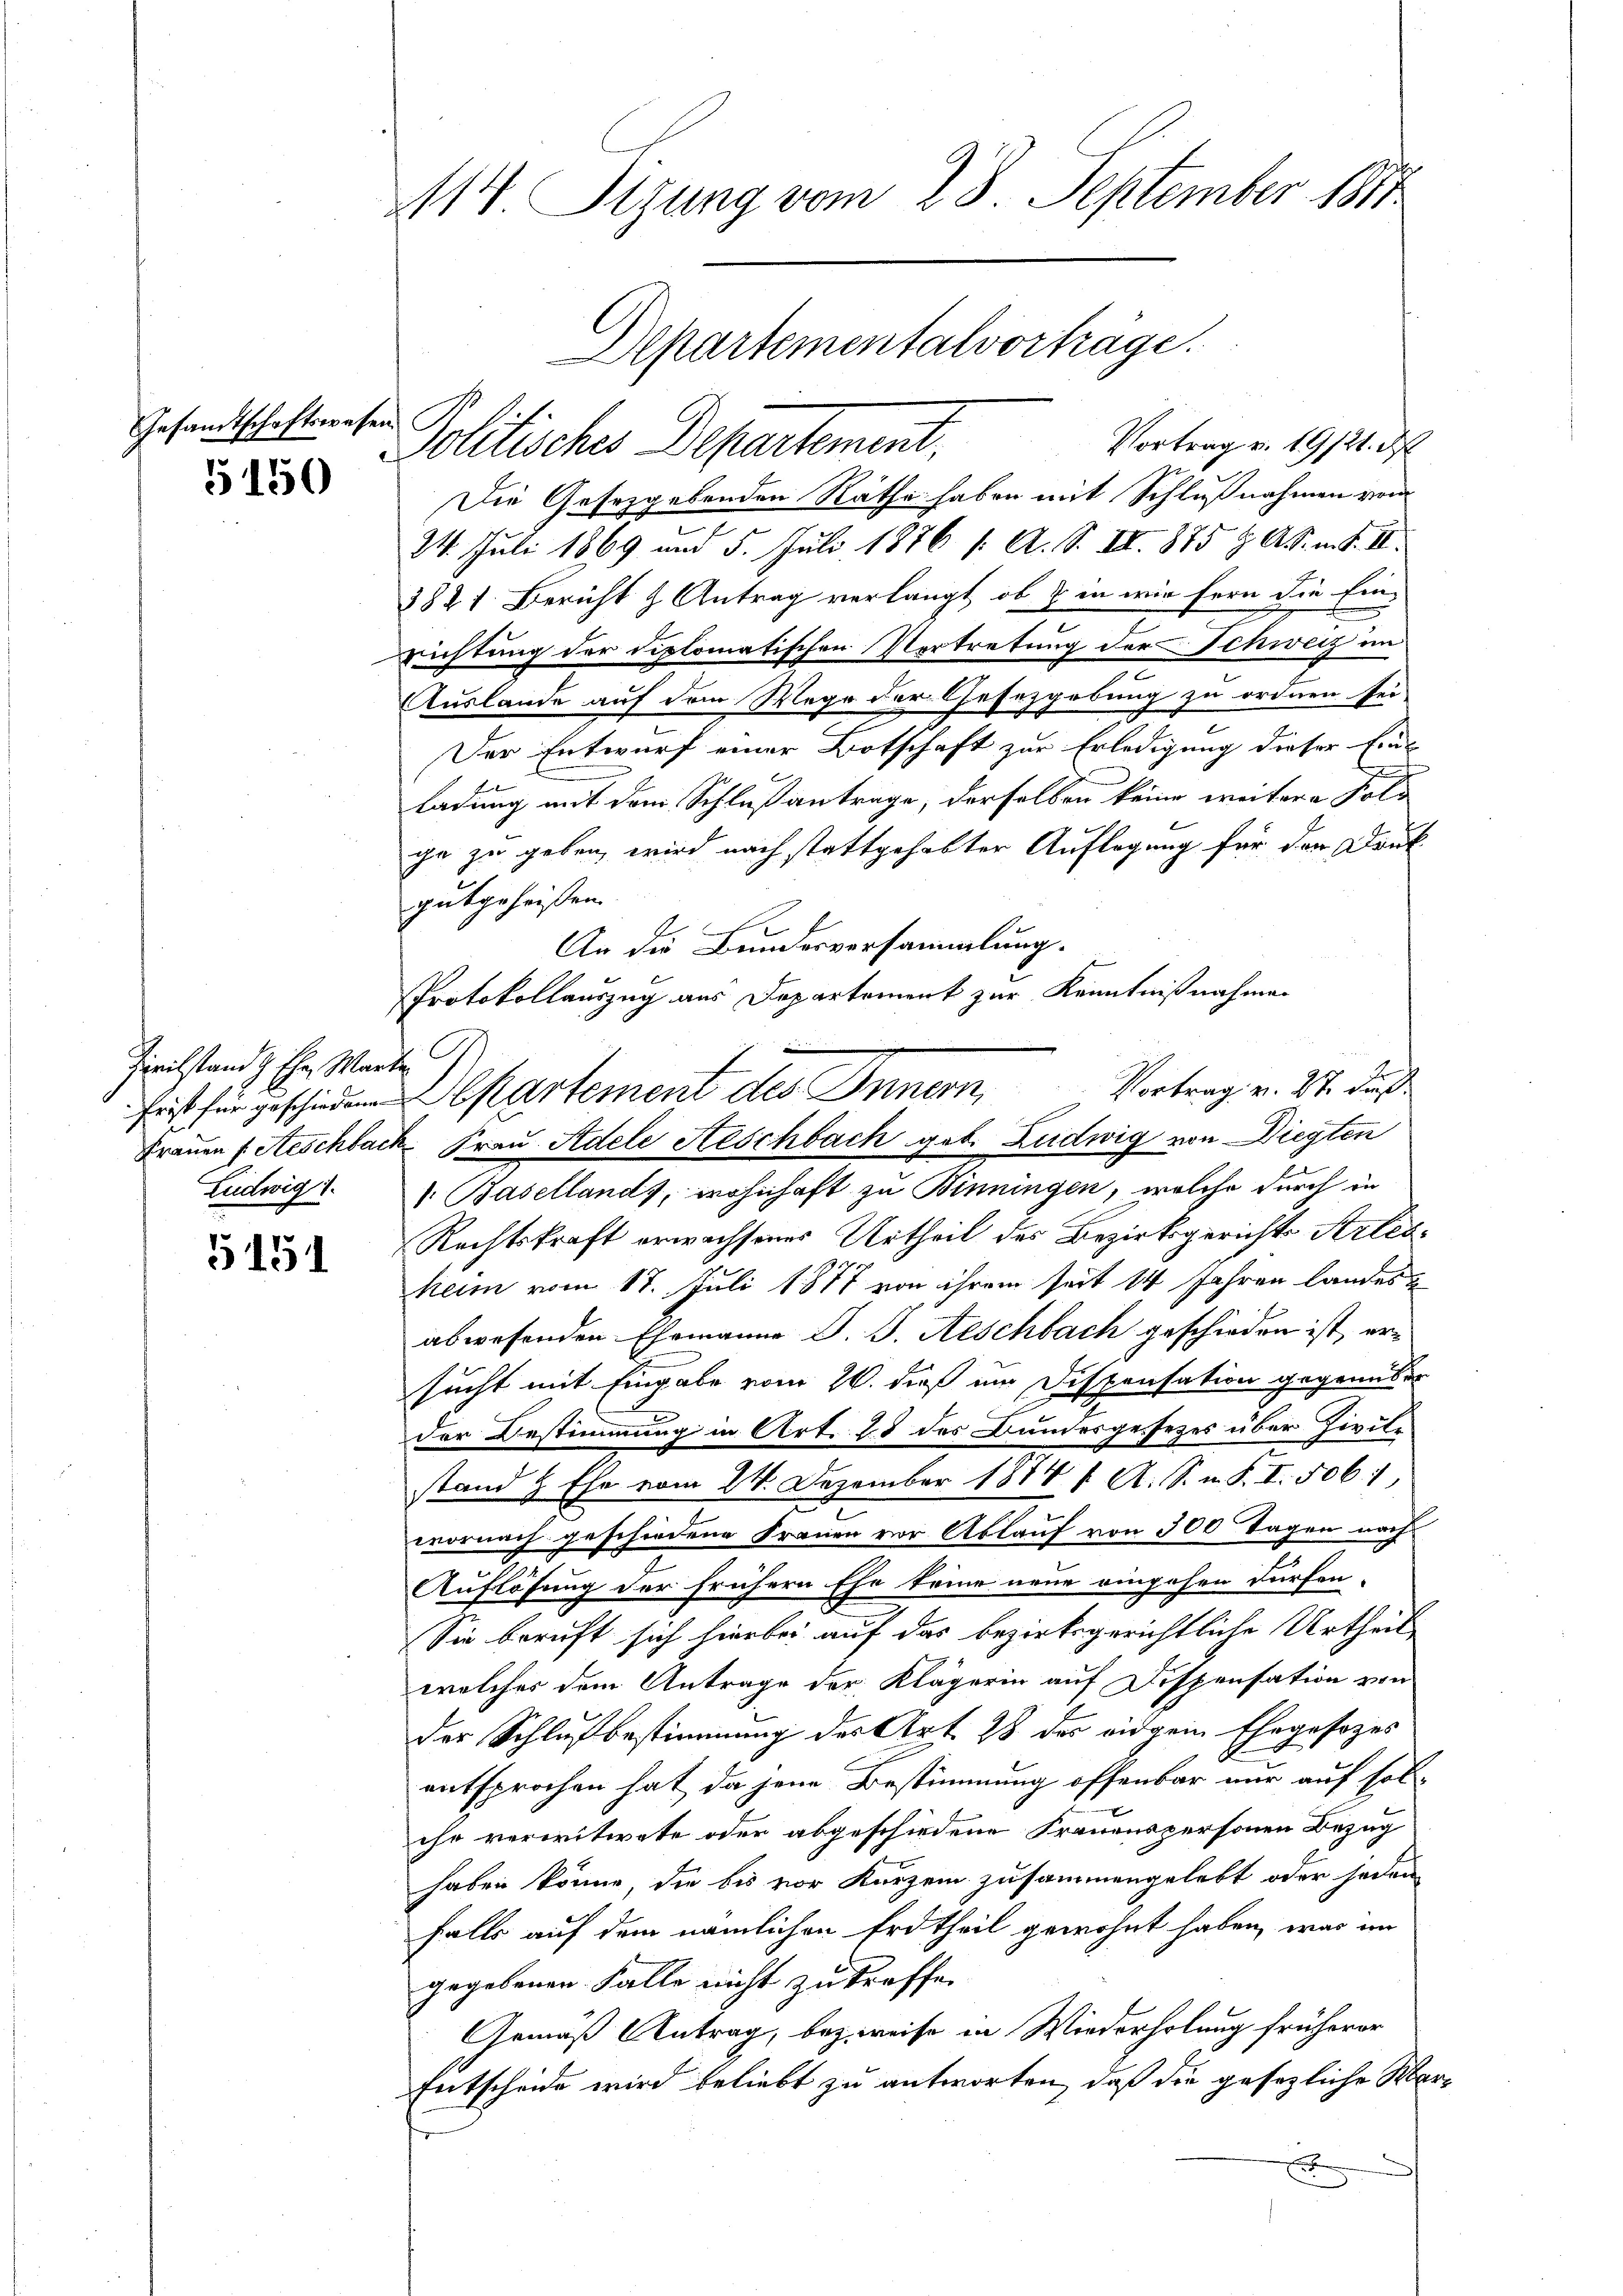
Gesandtschaftswesen.

5150

Zivilstand & Ehe. Warte G
Ludwig 1.

5151

114. Stzung vom 28. September 1811

Departementalvorträge.
Politische Departement,

Vortrag v. 19121. d
Die Gesetzgebenden Rathe haben mit Schlußnahmen vom
24. Juli 1869 und 5. Juli 1876 1. A. S. III. 875 & Ak. m. S. II.
3821. Bericht & Antrag verlangt, ob & in wir fern die Einrichtung der diplomatischen Vertretung der Schweiz im
Auslande auf dem Wege der Gesetzgebung zu ordnen sei
Der Entwurf einer Botschaft zur Erledigung dieser Eins
ladung mit dem Schlußantrage, derselben keine weitere Fol
che zu geben, wird nach stattgehabter Auflegung für der Druk
gutgeheissen.
An die Bundesversammlung.
Protokollauszug aus Departement zur Kenntnißnahmen
 hartement des Innern,
Frauen f. Aeschlack Frau Adele Aeschbach geb. Ludwig von Diegten
v. Basellands, wohnhaft zu Binningen, welche durch in
Rechtskraft erwachsenes Urtheil des Bezirksgerichts Artesheim vom 17. Juli 1877 von ihrem seit 14 Jahren landes
abwesenden Ehemann J. J. Aeschbach geschieden ist, ersucht mit Eingabe vom 26. dieß im Dispensation gegenüber
der Bestimmung in Art. 28 des Bundesgesezes über Zivile
stand & Ehe vom 24. Dezember 1814 1. A. S. u. S. I. 506. 1
wornach geschiedene Frauen vor Ablauf von 300 Tagen nach
Auflösung der frühern Ehe keine neue eingehen dürfen.
Sie beruft sich hierbei auf das bezirksgerichtliche Urtheil
welches dem Antrage der Klägerin auf Dispensation von
der Schlußbestimmung des Art. 28 des eidgem Ehegesezes
entsprochen hat, da jene Bestimmung offenbar nur auf solche verwitwete oder abgeschiedene Frauenspersonen Bezug
haben könne, die bis vor Kurzem zusammengelebt oder jeden
falls auf dem nämlichen Erdtheil gewohnt haben, was im
gegebenen Falle nicht zu treffen
Gemäß Antrag, bezweise in Wiederholung früherer
Entscheide wird beliebt zu antworten, daß die gesezliche Morx

Vortrag v. 27. dieß